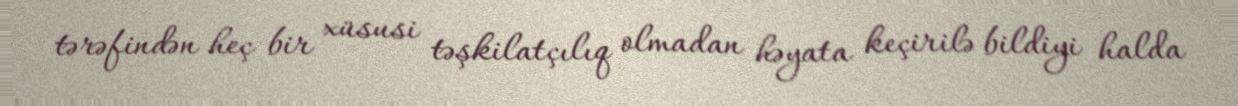
tərəfindən heç bir xüsusi təşkilatçılıq olmadan həyata keçirilə bildiyi halda